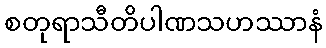
စတုရာသီတိပါဏသဟဿာနံ